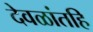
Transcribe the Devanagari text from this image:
देवळांतहि